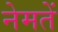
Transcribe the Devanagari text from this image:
नेमतें